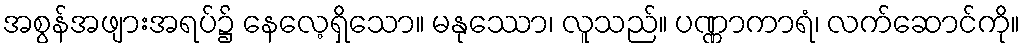
အစွန်အဖျားအရပ်၌ နေလေ့ရှိသော။ မနုဿော၊ လူသည်။ ပဏ္ဏာကာရံ၊ လက်ဆောင်ကို။